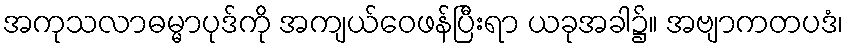
အကုသလာဓမ္မာပုဒ်ကို အကျယ်ဝေဖန်ပြီးရာ ယခုအခါ၌။ အဗျာကတပဒံ၊